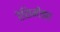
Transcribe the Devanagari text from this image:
रेसिमोझा